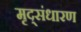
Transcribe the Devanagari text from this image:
मृद्‌संधारण